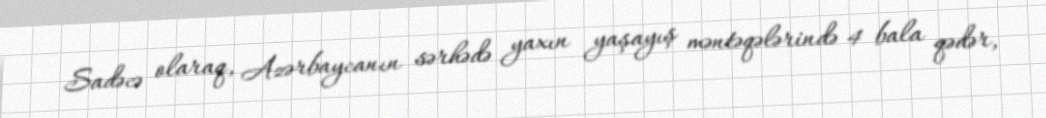
Sadəcə olaraq, Azərbaycanın sərhədə yaxın yaşayış məntəqələrində 4 bala qədər,